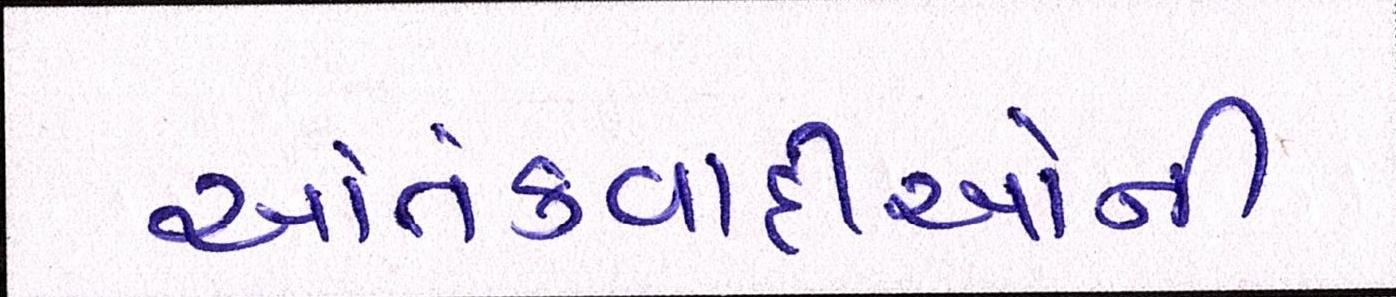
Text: આતંકવાદીઓની